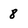
Character: 8